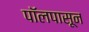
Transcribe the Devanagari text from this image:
पॉलपासून